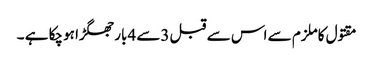
مقتول کاملزم سے اس سے قبل 3سے 4بار جھگڑا ہوچکا ہے ۔